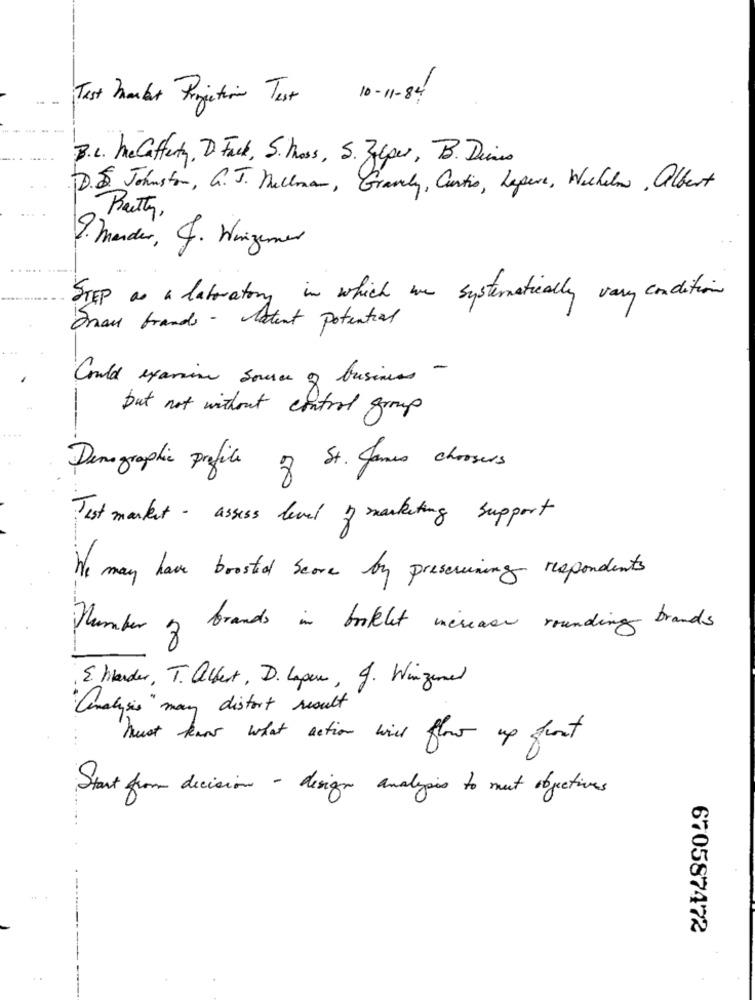
Test Market Projection Test
10-1-84
B.L. MeCafferty, D. Fack, S. Moss, S. Jalper, B. Deines
D.5. Johnston, G.J. Hellman, Gravely, Curtis, Lapera, Wilhelm. Albert
Patty,
9. Mender, J. Hingemer
STEP as a laboratory in which we systematically vary condition
Frau brands - Patent potential
Could expansion source of business -
but not without control group
Demographic profile of St. James choosers
Tut market - assess level of marketing support
We may have boosted Score by preseruning respondents
Number of brands in booklet increase rounding brands
E harder, T. Albert, D. Lapen, J. Winzamel
"Analysis " may distort result
Just hear what action will flow up front
Start from decision - design analysis to mut objectives
670587472